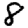
Digit: 8